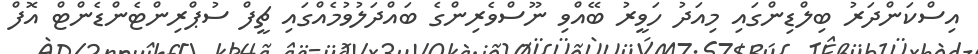
އިސްކަންދަރު ބިލްޑިންގައި މިއަދު ހަވީރު ބޭއްވި ނޫސްވެރިންގެ ބައްދަލުވުމެއްގައި ޗީފް ސުޕްރިންޓެންޑެންޓް އޮފް